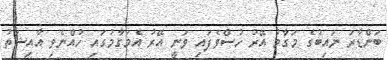
ބަންޑާރަ ނައިބުގެ މަގާމު އޭރު ހުސްވެފައި ވަނީ އޭރު އެމަގާމުގައި ހުއްނެވި އާއިޝަތު